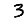
Digit: 3